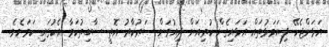
އަޅަންޖެހޭ ފިޔަވަޅުތައް އަޅައިގެން ކުރިއަށް ދިއުމަށް ސަރުކާރު އޮތީ ސާބިތުކަމާ އެކުގައި ކަމަށެވެ.